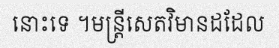
នោះទេ ។មន្ត្រីសេតវិមានដដែល